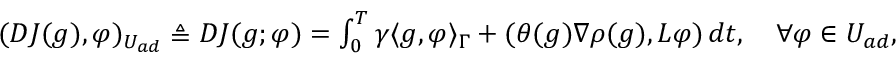
\begin{array} { r } { ( D J ( g ) , \varphi ) _ { U _ { a d } } \triangleq D J ( g ; \varphi ) = \int _ { 0 } ^ { T } \gamma \langle g , \varphi \rangle _ { \Gamma } + ( \theta ( g ) \nabla \rho ( g ) , L \varphi ) \, d t , \quad \forall \varphi \in U _ { a d } , } \end{array}